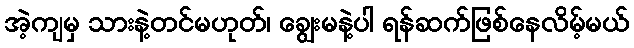
အဲ့ကျမှ သားနဲ့တင်မဟုတ်၊ ချွေးမနဲ့ပါ ရန်ဆက်ဖြစ်နေလိမ့်မယ်